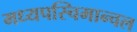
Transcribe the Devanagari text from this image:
मध्यपस्चिमान्चल